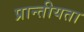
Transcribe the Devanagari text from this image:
प्रान्तीयता